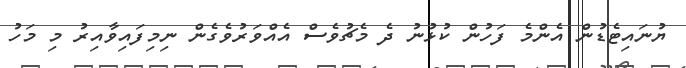
ޔުނައިޓެޑުން އެންމެ ފަހުން ކުޅުނު ދެ މެޗުވެސް އެއްވަރުވެގެން ނިމިފައިވާއިރު މި މަހު